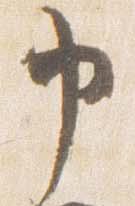
申